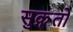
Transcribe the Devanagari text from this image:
सुक्र्तो